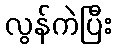
လွန်ကဲပြီး